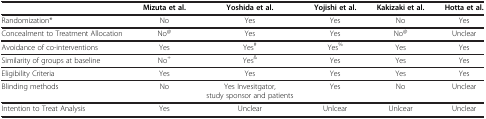
|  | Mizuta et al. | Yoshida et al. | Yojishi et al. | Kakizaki et al. | Hotta et al. |
 | --- | --- | --- | --- | --- | --- |
 | Randomization* | No | Yes | Yes | No | Yes |
 | Concealment to Treatment Allocation | No@ | Yes | Yes | No@ | Unclear |
 | Avoidance of co-interventions | Yes | Yes# | Yes% | Yes | Yes |
 | Similarity of groups at baseline | No+ | Yes& | Yes | Yes | Yes |
 | Eligibility Criteria | Yes | Yes | Yes | Yes | Yes |
 | Blinding methods | No | Yes Invesitgator, study sponsor and patients | Yes | No | Unclear |
 | Intention to Treat Analysis | Yes | Unclear | Unlcear | Unlcear | Unclear |